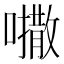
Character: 𫬒